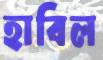
হাবিল